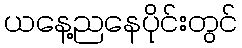
ယနေ့ညနေပိုင်းတွင်